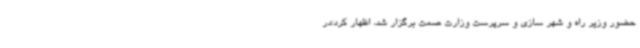
حضور وزیر راه و شهر سازی و سرپرست وزارت صمت برگزار شد، اظهار کرد:در